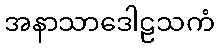
အနာသာဒေါဠသကံ